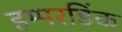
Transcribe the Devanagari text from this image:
हम्परडिंक